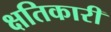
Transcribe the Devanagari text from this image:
क्षतिकारी